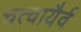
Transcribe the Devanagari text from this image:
चत्वायैर्व